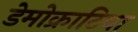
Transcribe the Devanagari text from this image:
डेमोक्राटिया